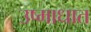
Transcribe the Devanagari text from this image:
उष्माधात